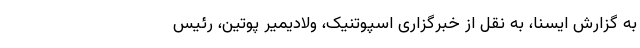
به گزارش ایسنا، به نقل از خبرگزاری اسپوتنیک، ولادیمیر پوتین، رئیس